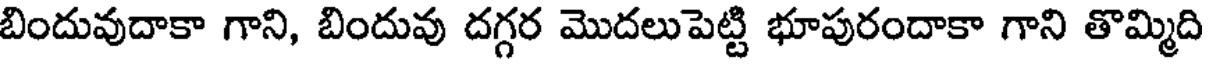
బిందువుదాకా గాని, బిందువు దగ్గర మొదలుపెట్టి భూపురందాకా గాని తొమ్మిది